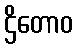
ဌိတောဝ